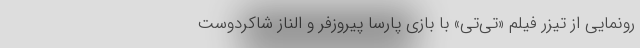
رونمایی از تیزر فیلم «تی‌تی» با بازی پارسا پیروزفر و الناز شاکردوست